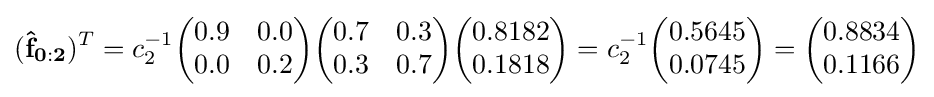
(\mathbf {{\hat {f}}_{0:2}} )^{T}=c_{2}^{-1}{\begin{pmatrix}0.9&0.0\\0.0&0.2\end{pmatrix}}{\begin{pmatrix}0.7&0.3\\0.3&0.7\end{pmatrix}}{\begin{pmatrix}0.8182\\0.1818\end{pmatrix}}=c_{2}^{-1}{\begin{pmatrix}0.5645\\0.0745\end{pmatrix}}={\begin{pmatrix}0.8834\\0.1166\end{pmatrix}}